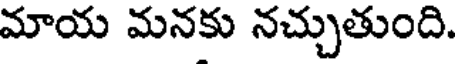
మాయ మనకు నచ్చుతుంది.